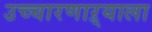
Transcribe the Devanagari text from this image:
उच्चारणाऱ्याला